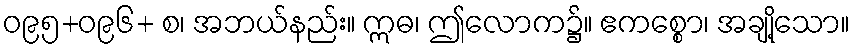
ဝ၉၅+ဝ၉၆+ စ၊ အဘယ်နည်း။ ဣဓ၊ ဤလောက၌။ ဧကစ္စော၊ အချို့သော။